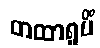
တထာရူပိံ